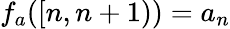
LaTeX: f_{a}([n,n+1))=a_{n}